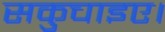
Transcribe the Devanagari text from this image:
सकुचाइए।